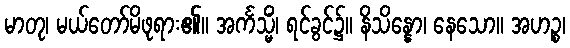
မာတု၊ မယ်တော်မိဖုရား၏။ အင်္ကသ္မိံ၊ ရင်ခွင်၌။ နိသိန္နော၊ နေသော။ အဟဉ္စ၊